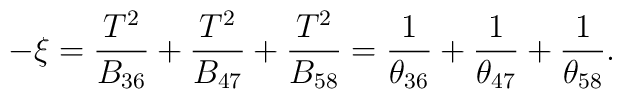
-\xi=\frac{T^2}{B_{36}}+\frac{T^2}{B_{47}}+\frac{T^2}{B_{58}}=\frac{1}{\theta_{36}}+\frac{1}{\theta_{47}}+\frac{1}{\theta_{58}}.